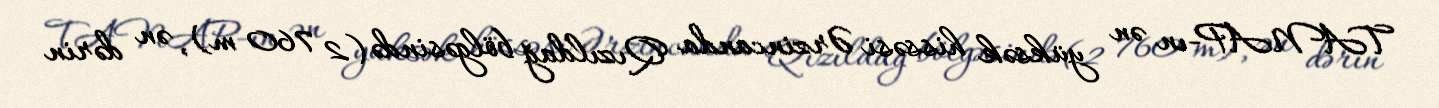
TANAP-ın ən yüksək hissəsi Ərzincanda Qızıldağ bölgəsində (2 760 m), ən dərin